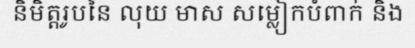
និមិត្តរូបនៃ លុយ មាស សម្លៀកបំពាក់ និង